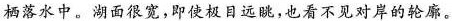
栖落水中。湖面很宽，即使极目远眺，也看不见对岸的轮廓。